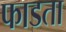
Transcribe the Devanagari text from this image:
फाडता